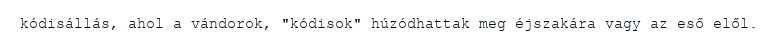
kódisállás, ahol a vándorok, "kódisok" húzódhattak meg éjszakára vagy az eső elől.